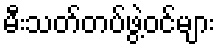
မီးသတ်တပ်ဖွဲ့ဝင်များ